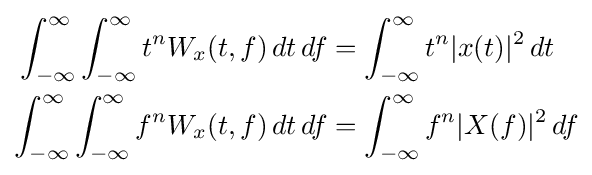
{\begin{aligned}\int _{-\infty }^{\infty }\int _{-\infty }^{\infty }t^{n}W_{x}(t,f)\,dt\,df&=\int _{-\infty }^{\infty }t^{n}|x(t)|^{2}\,dt\\\int _{-\infty }^{\infty }\int _{-\infty }^{\infty }f^{n}W_{x}(t,f)\,dt\,df&=\int _{-\infty }^{\infty }f^{n}|X(f)|^{2}\,df\end{aligned}}